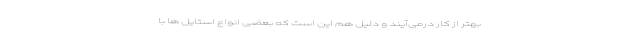
بهتر از کار درمی‌آیند و دلیل هم این است که بعضی انواع استایل‌ ها با